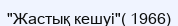
"Жастық кешуі"( 1966)